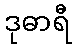
ဒုဓာရီ